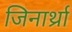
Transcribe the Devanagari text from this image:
जिनार्थ्रा